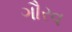
ગૌરવ